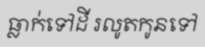
ធ្លាក់ទៅដី រលូតកូនទៅ